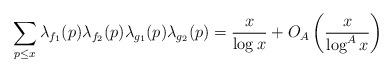
LaTeX: \begin{align*} \sum_{p\leq x}\lambda_{f_1}(p)\lambda_{f_2}(p)\lambda_{g_1}(p)\lambda_{g_2}(p)=\frac{x}{\log x}+O_A\left(\frac{x}{\log^A x}\right)\end{align*}